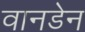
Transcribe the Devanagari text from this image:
वानडेन